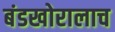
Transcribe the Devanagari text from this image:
बंडखोरालाच